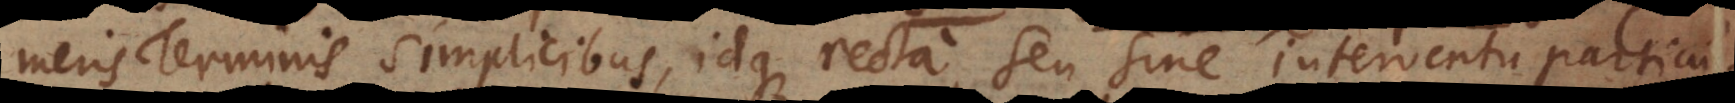
meris Terminis simplicibus, idque recta seu sine interventu particul